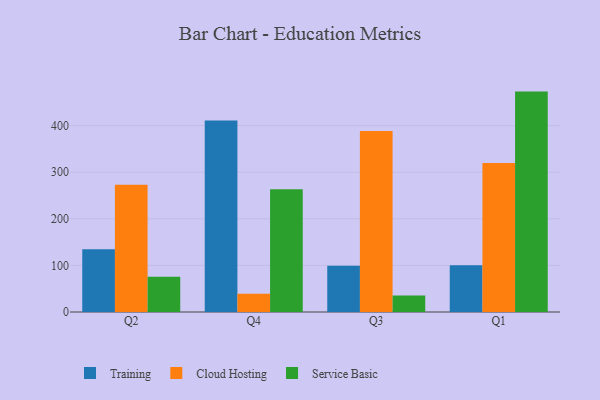
{"axis": {"x": "Quarter", "y": "Shipments"}, "legend": ["Cloud Hosting", "Service Basic", "Training"], "data": [{"x": "Q2", "y": 134.6, "type": "Training"}, {"x": "Q2", "y": 273.2, "type": "Cloud Hosting"}, {"x": "Q2", "y": 75.8, "type": "Service Basic"}, {"x": "Q4", "y": 411.1, "type": "Training"}, {"x": "Q4", "y": 39.3, "type": "Cloud Hosting"}, {"x": "Q4", "y": 263.7, "type": "Service Basic"}, {"x": "Q3", "y": 99.3, "type": "Training"}, {"x": "Q3", "y": 388.3, "type": "Cloud Hosting"}, {"x": "Q3", "y": 35.4, "type": "Service Basic"}, {"x": "Q1", "y": 100.3, "type": "Training"}, {"x": "Q1", "y": 320.0, "type": "Cloud Hosting"}, {"x": "Q1", "y": 473.1, "type": "Service Basic"}]}